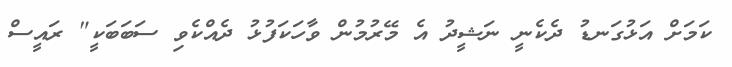
ކަމަށް އަޅުގަނޑު ދެކެނީ ނަޝީދު އެ މޭރުމުން ވާހަކަފުޅު ދެއްކެވި ސަބަބަކީ" ރައީސް